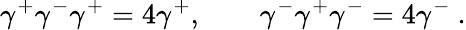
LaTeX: \gamma^{+}\gamma^{-}\gamma^{+}=4\gamma^{+},\qquad\gamma^{-}\gamma^{+}\gamma^{-}=4\gamma^{-}\ .